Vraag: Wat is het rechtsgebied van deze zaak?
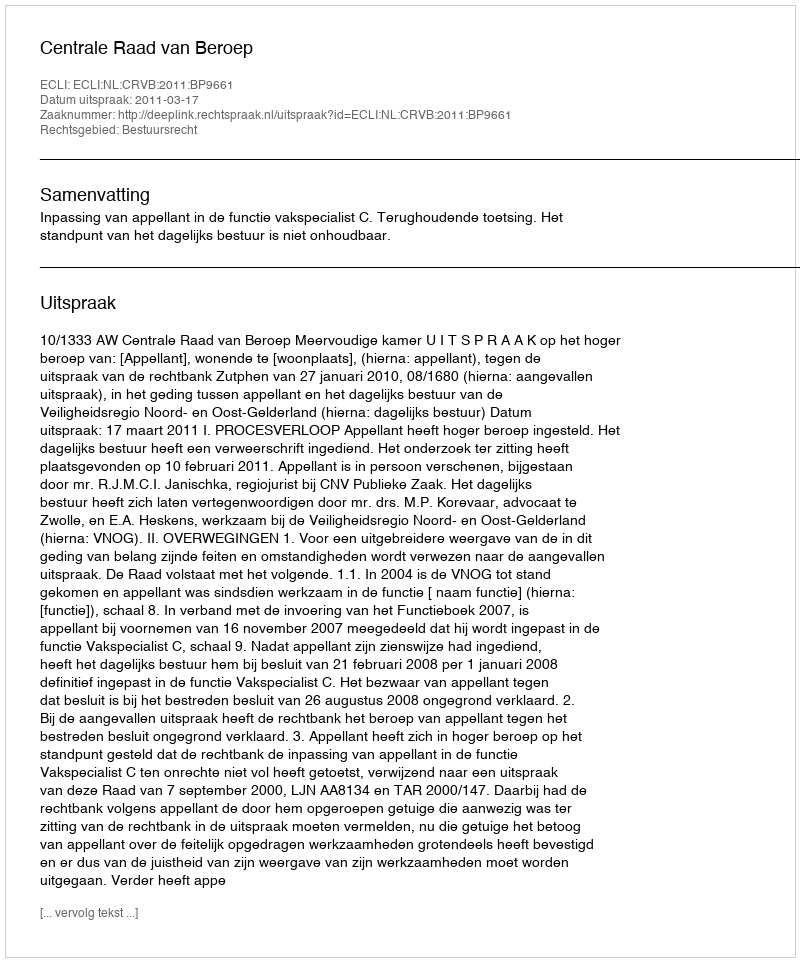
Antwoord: Bestuursrecht